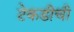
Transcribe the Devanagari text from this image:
टेकडीची